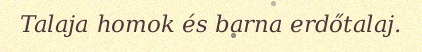
Talaja homok és barna erdőtalaj.